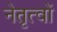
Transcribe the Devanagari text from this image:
नेतृत्वों